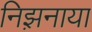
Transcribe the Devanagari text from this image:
निझ़नाया